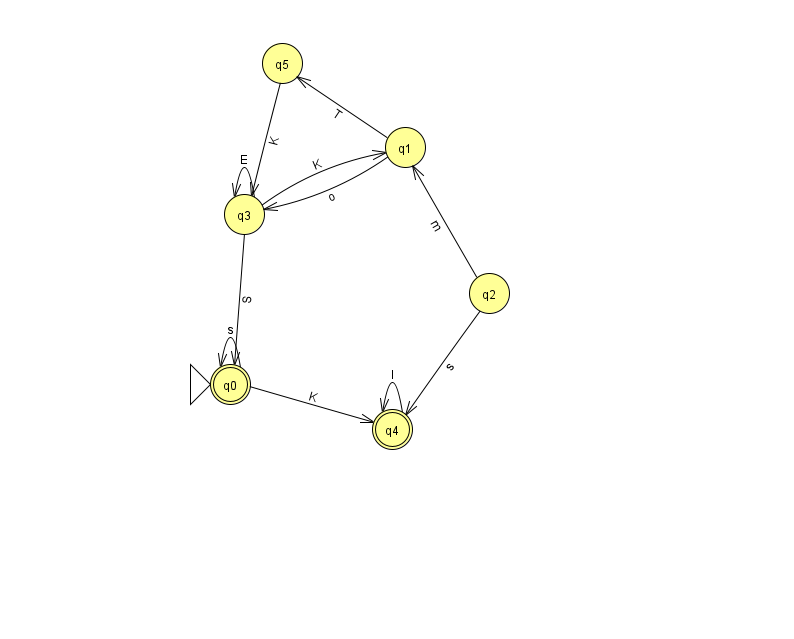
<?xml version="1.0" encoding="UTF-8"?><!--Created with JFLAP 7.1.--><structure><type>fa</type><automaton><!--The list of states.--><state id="0" name="q0"><x>230.0</x><y>371.0</y><initial/><final/></state><state id="1" name="q1"><x>405.0</x><y>134.0</y></state><state id="2" name="q2"><x>489.0</x><y>280.0</y></state><state id="3" name="q3"><x>244.0</x><y>201.0</y></state><state id="4" name="q4"><x>392.0</x><y>416.0</y><final/></state><state id="5" name="q5"><x>282.0</x><y>50.0</y></state><!--The list of transitions.--><transition><from>3</from><to>1</to><read>K</read></transition><transition><from>0</from><to>0</to><read>s</read></transition><transition><from>2</from><to>1</to><read>m</read></transition><transition><from>1</from><to>3</to><read>o</read></transition><transition><from>3</from><to>3</to><read>E</read></transition><transition><from>1</from><to>5</to><read>T</read></transition><transition><from>2</from><to>4</to><read>s</read></transition><transition><from>4</from><to>4</to><read>I</read></transition><transition><from>5</from><to>3</to><read>K</read></transition><transition><from>3</from><to>0</to><read>S</read></transition><transition><from>0</from><to>4</to><read>K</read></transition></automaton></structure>